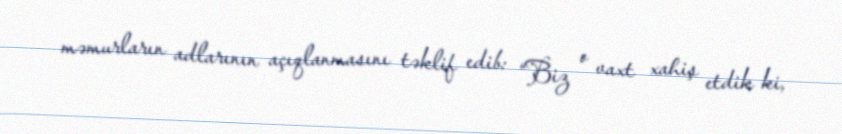
məmurların adlarının açıqlanmasını təklif edib: “Biz o vaxt xahiş etdik ki,